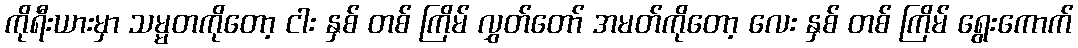
ကိုရီးယားမှာ သမ္မတကိုတော့ ငါး နှစ် တစ် ကြိမ် လွှတ်တော် အမတ်ကိုတော့ လေး နှစ် တစ် ကြိမ် ရွေးကောက်